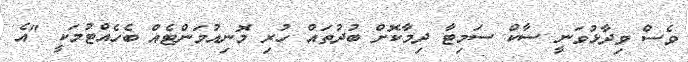
ވެސް ވިދާޅުވަނީ ސާކް ސަމިޓާ ދިމާކޮށް ބުދުތައް ހުރި މޮނިއުމަންޓެއް ބެހެއްޓުމަކީ "އެ